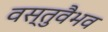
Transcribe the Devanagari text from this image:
वस्तुवैभव